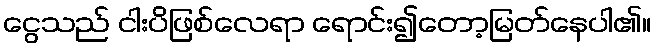
ငွေသည် ငါးပိဖြစ်လေရာ ရောင်း၍တော့မြတ်နေပါ၏။